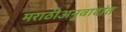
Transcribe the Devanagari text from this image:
मराठीअनुवादांत